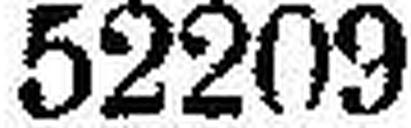
52209